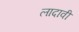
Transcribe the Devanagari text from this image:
लादावी